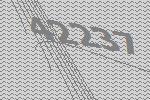
42237